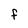
Character: F